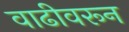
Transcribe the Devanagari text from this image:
वाढीवरून